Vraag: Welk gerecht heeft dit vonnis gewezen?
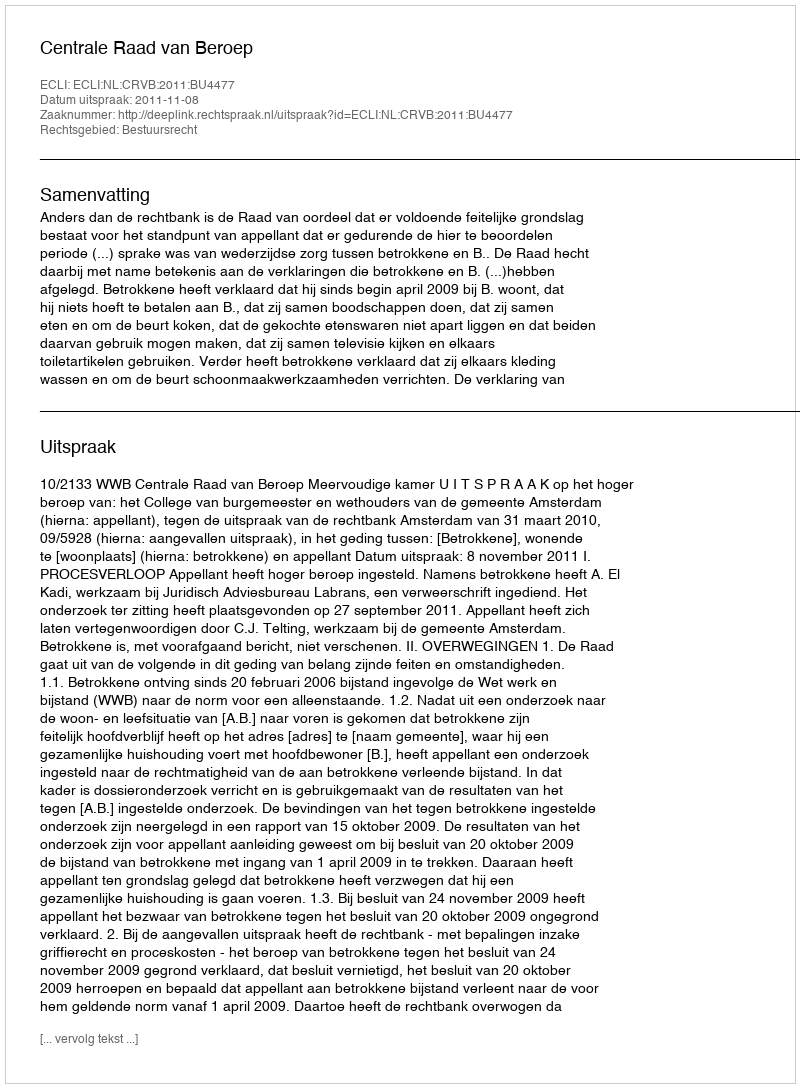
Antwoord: Centrale Raad van Beroep